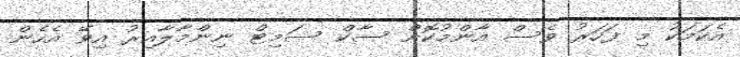
އެކަމަކު މި ފަހަރު ވެސް އާންމުކޮށް ސާކް ސަމިޓް ނިންމާލާއިރު އިވޭ އެހެން